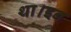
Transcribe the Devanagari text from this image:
था।इन